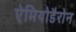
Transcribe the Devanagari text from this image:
ऐमियोडैरोन